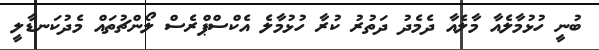
ބުނީ ހުޅުމާލެއާ މާލެއާ ދެމެދު ދަތުރު ކުރާ ހުޅުމާލެ އެކްސްޕްރެސް ލޯންޗުތައް މެދުކަނޑާލީ